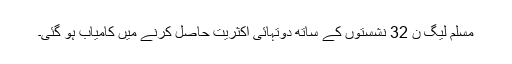
مسلم لیگ ن 32 نشستوں کے ساتھ دوتہائی اکثریت حاصل کرنے میں کامیاب ہو گئی۔